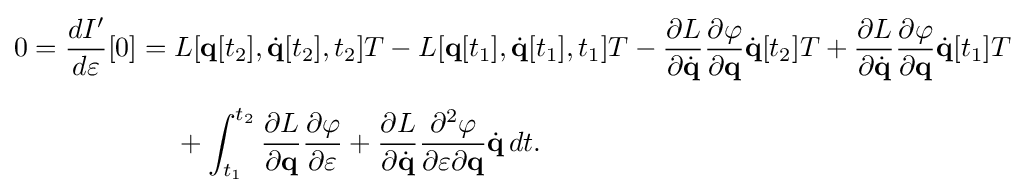
{\begin{aligned}0={\frac {dI'}{d\varepsilon }}[0]={}&L[\mathbf {q} [t_{2}],{\dot {\mathbf {q} }}[t_{2}],t_{2}]T-L[\mathbf {q} [t_{1}],{\dot {\mathbf {q} }}[t_{1}],t_{1}]T-{\frac {\partial L}{\partial {\dot {\mathbf {q} }}}}{\frac {\partial \varphi }{\partial \mathbf {q} }}{\dot {\mathbf {q} }}[t_{2}]T+{\frac {\partial L}{\partial {\dot {\mathbf {q} }}}}{\frac {\partial \varphi }{\partial \mathbf {q} }}{\dot {\mathbf {q} }}[t_{1}]T\\[6pt]&{}+\int _{t_{1}}^{t_{2}}{\frac {\partial L}{\partial \mathbf {q} }}{\frac {\partial \varphi }{\partial \varepsilon }}+{\frac {\partial L}{\partial {\dot {\mathbf {q} }}}}{\frac {\partial ^{2}\varphi }{\partial \varepsilon \partial \mathbf {q} }}{\dot {\mathbf {q} }}\,dt.\end{aligned}}